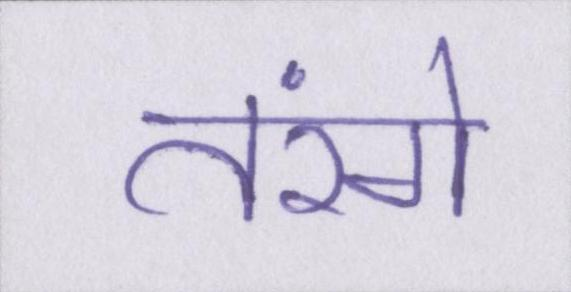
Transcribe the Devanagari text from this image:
तरंगे